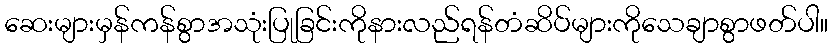
ဆေးများမှန်ကန်စွာအသုံးပြုခြင်းကိုနားလည်ရန်တံဆိပ်များကိုသေချာစွာဖတ်ပါ။